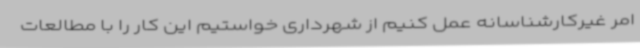
امر غیرکارشناسانه عمل کنیم از شهرداری خواستیم این کار را با مطالعات